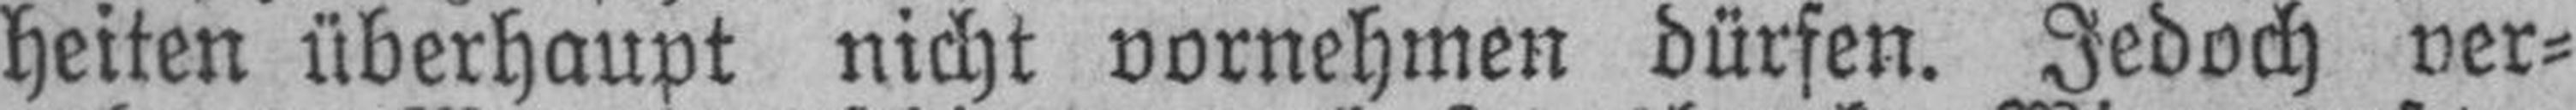
heiten überhaupt nicht vornehmen dürfen. Jedoch ver¬